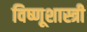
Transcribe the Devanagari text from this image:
विष्णूशास्त्री